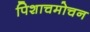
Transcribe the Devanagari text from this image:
पिशाचमोचन